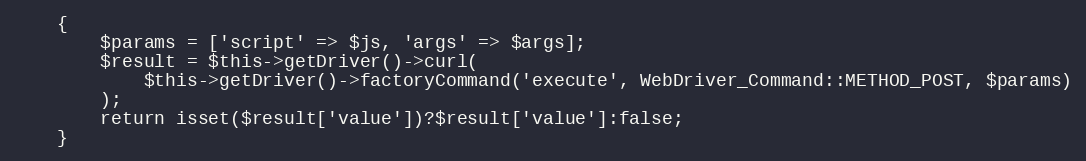
Language: PHP
    {
        $params = ['script' => $js, 'args' => $args];
        $result = $this->getDriver()->curl(
            $this->getDriver()->factoryCommand('execute', WebDriver_Command::METHOD_POST, $params)
        );
        return isset($result['value'])?$result['value']:false;
    }